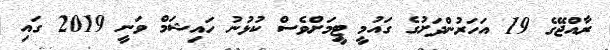
ރާއްޖޭގެ 19 އަހަރުންދަށުގެ ގައުމީ ޓީމަށްވެސް ކުޅުނު ހައިޝަމް ވަނީ 2019 ގައި